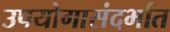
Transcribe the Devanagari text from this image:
उपयोगासंदर्भात